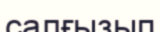
салғызып